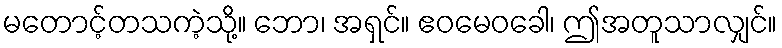
မတောင့်တသကဲ့သို့။ ဘော၊ အရှင်။ ဧဝမေဝခေါ၊ ဤအတူသာလျှင်။